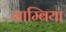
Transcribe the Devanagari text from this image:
नाम्बिया